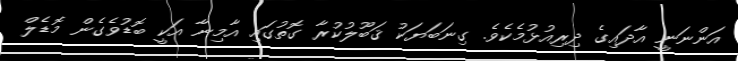
އަންނަނީ އާދައިގެ ދިރިއުޅުމެކެވެ. ގިނަބަޔަކު ޤަބޫލުކުރާ ގޮތުގައި އާމިނާ އަކީ ބޮޑުވެގެން މޮޑެލް